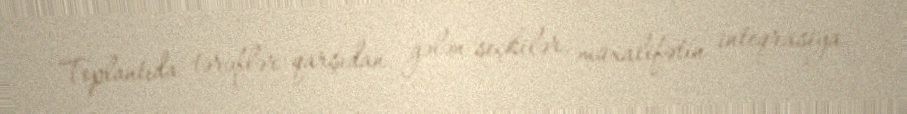
Toplantıda tərəflər qarşıdan gələn seçkilər, müxalifətin inteqrasiya